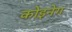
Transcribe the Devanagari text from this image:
कोइनेग